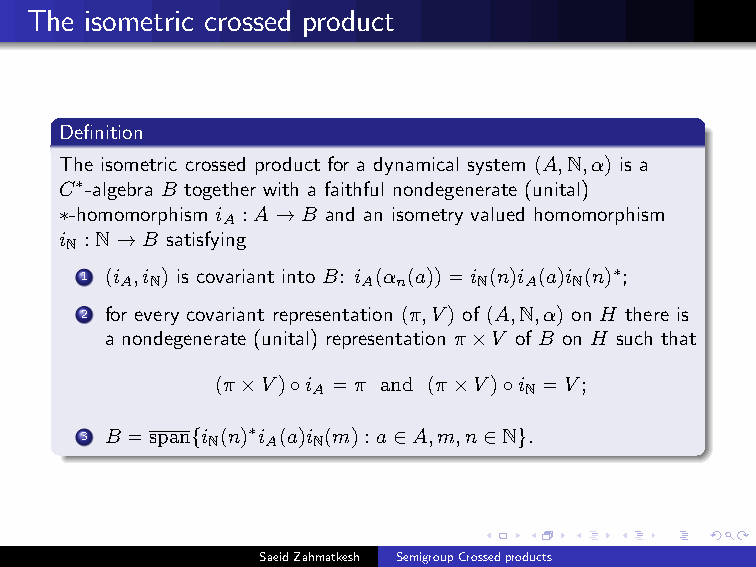
The isometric crossed product
 Definition
 The isometric crossed product for a dynamical system (A,N,α) is a
 C∗-algebra B together with a faithful nondegenerate (unital)
 ∗-homomorphism i :A→B and an isometry valued homomorphism
 A
 iN :N→B satisfying
 1 (i A,iN) is covariant into B: i A(α n(a))=iN(n)i A(a)iN(n)∗;
 2 for every covariant representation (π,V) of (A,N,α) on H there is
 a nondegenerate (unital) representation π×V of B on H such that
 (π×V)◦i
 A
 =π and (π×V)◦iN =V;
 3 B =span{iN(n)∗i A(a)iN(m):a∈A,m,n∈N}.
 SaeidZahmatkesh SemigroupCrossedproducts